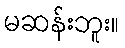
မဆန်းဘူး။